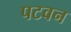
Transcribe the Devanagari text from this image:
पटवन